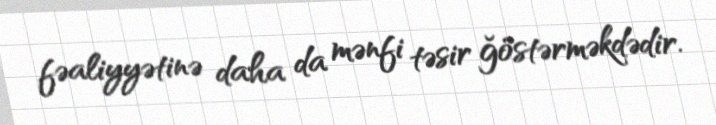
fəaliyyətinə daha da mənfi təsir ğöstərməkdədir.